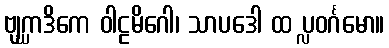
ဗျဂ္ဃာဒိကေ ဝါဠမိဂေါ၊ သာပဒေါ ထ ပ္လဝင်္ဂမော။